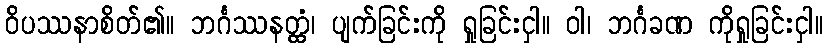
ဝိပဿနာစိတ်၏။ ဘင်္ဂဿနတ္ထံ၊ ပျက်ခြင်းကို ရှုခြင်းငှါ။ ဝါ၊ ဘင်္ဂခဏ ကိုရှုခြင်းငှါ။